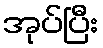
အုပ်ပြီး